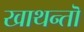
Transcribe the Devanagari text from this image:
खाथन्तॊ